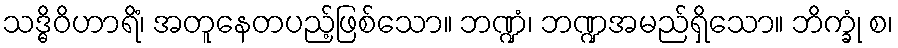
သဒ္ဓိဝိဟာရိံ၊ အတူနေတပည့်ဖြစ်သော။ ဘဏ္ဍံ၊ ဘဏ္ဍအမည်ရှိသော။ ဘိက္ခုံ စ၊